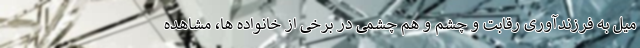
میل به فرزندآوری رقابت و چشم و هم چشمی در برخی از خانواده ها، مشاهده